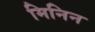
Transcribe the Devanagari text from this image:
मिनिन